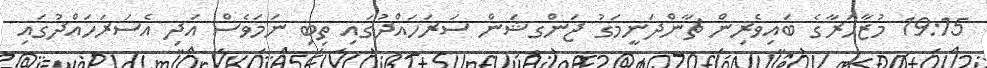
19:15 މުޒާހަރާގެ ބައިވެރިން ޗާންދަނީމަގު ޖަންގޝަން ސަރަހައްދުގައި ތިބި ނަމަވެސް އަދި އެސަރަހައްދުގައި